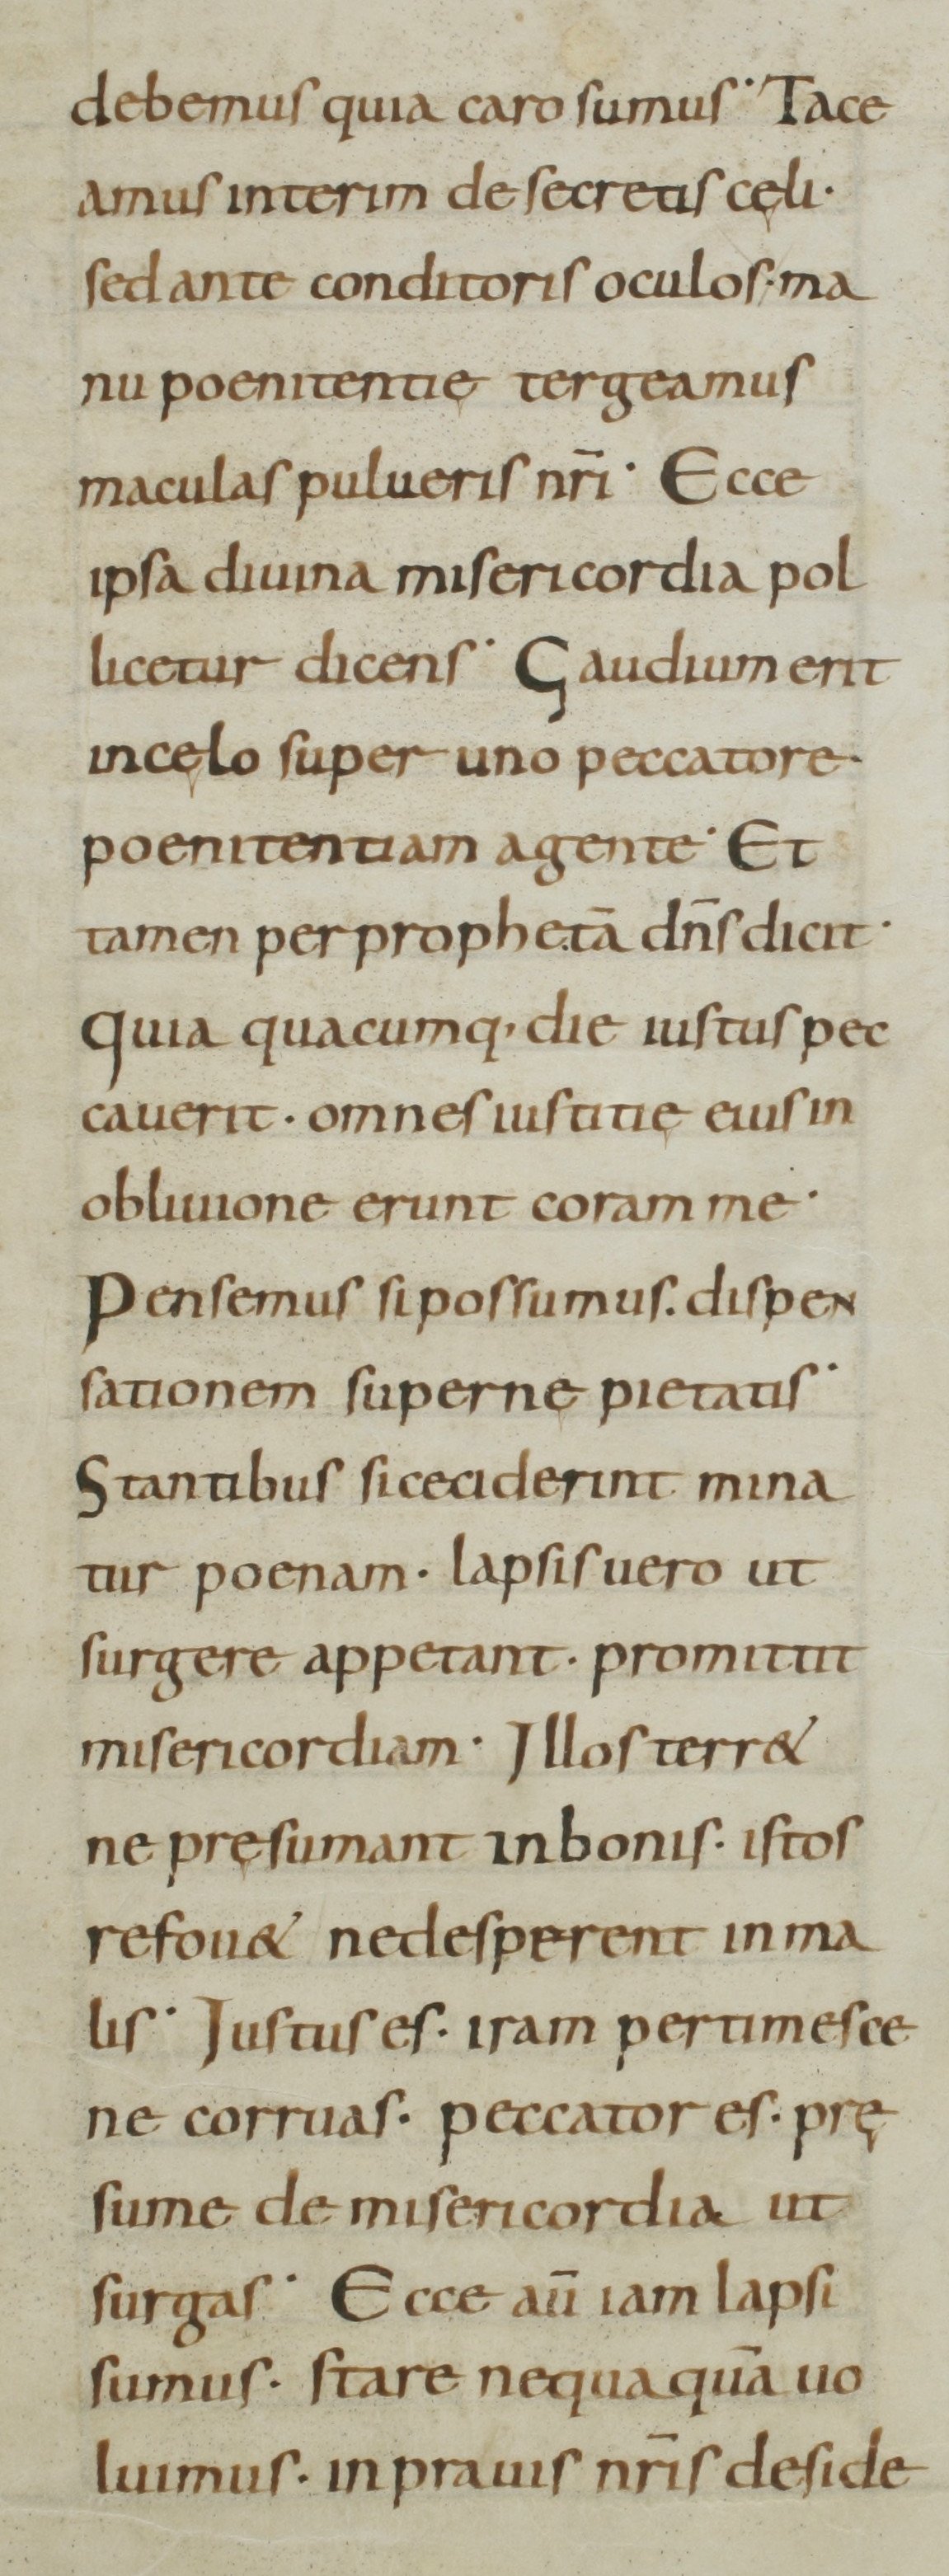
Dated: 800–899